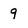
Character: 9